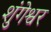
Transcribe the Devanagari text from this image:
शुंगेश्वर